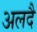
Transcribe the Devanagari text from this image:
अलदै